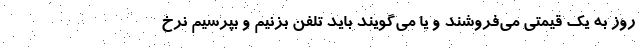
روز به یک قیمتی می‌فروشند و یا می‌گویند باید تلفن بزنیم و بپرسیم نرخ